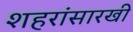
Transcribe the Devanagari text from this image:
शहरांसारखी